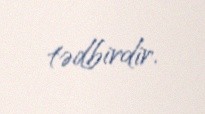
tədbirdir.